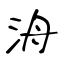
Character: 洀